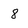
Character: 8